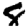
Digit: 8